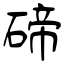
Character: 碲